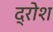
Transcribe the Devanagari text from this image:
द्रोश